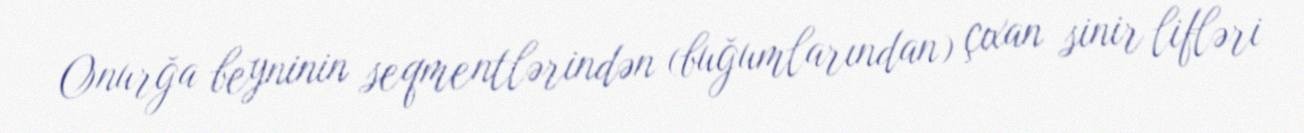
Onurğa beyninin seqmentlərindən (buğumlarından) çıxan sinir lifləri